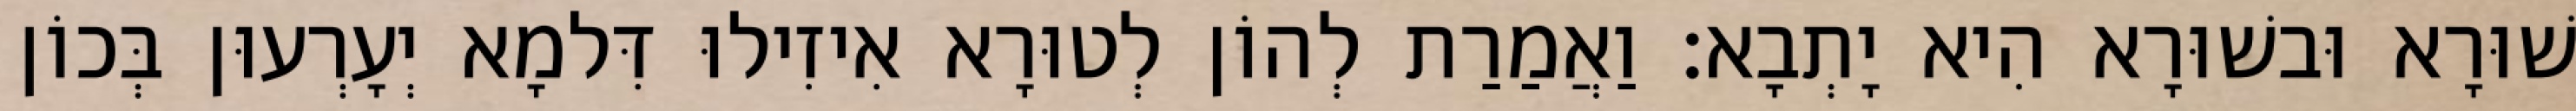
שׁוּרָא וּבשׁוּרָא הִיא יָתְבָא׃ וַאֲמַרַת לְהוֹן לְטוּרָא אִיזִילוּ דִּלמָא יְעָרְעוּן בְּכוֹן